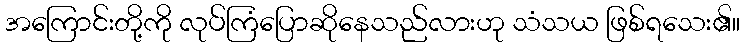
အကြောင်းတို့ကို လုပ်ကြံပြောဆိုနေသည်လားဟု သံသယ ဖြစ်ရသေး၏။